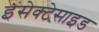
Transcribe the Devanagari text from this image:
इंसेक्टेसाइड